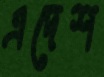
এদেশ